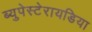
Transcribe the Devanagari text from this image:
ब्युपेस्टेरायडिया